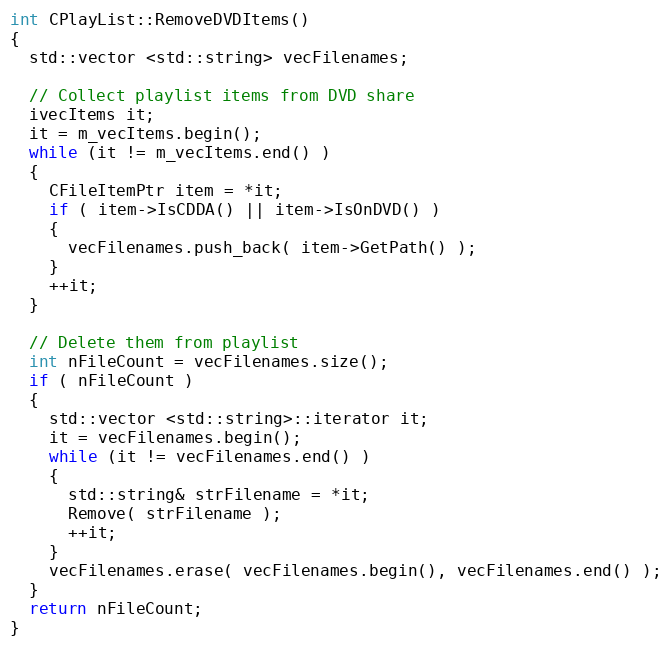
Language: C++
int CPlayList::RemoveDVDItems()
{
  std::vector <std::string> vecFilenames;

  // Collect playlist items from DVD share
  ivecItems it;
  it = m_vecItems.begin();
  while (it != m_vecItems.end() )
  {
    CFileItemPtr item = *it;
    if ( item->IsCDDA() || item->IsOnDVD() )
    {
      vecFilenames.push_back( item->GetPath() );
    }
    ++it;
  }

  // Delete them from playlist
  int nFileCount = vecFilenames.size();
  if ( nFileCount )
  {
    std::vector <std::string>::iterator it;
    it = vecFilenames.begin();
    while (it != vecFilenames.end() )
    {
      std::string& strFilename = *it;
      Remove( strFilename );
      ++it;
    }
    vecFilenames.erase( vecFilenames.begin(), vecFilenames.end() );
  }
  return nFileCount;
}